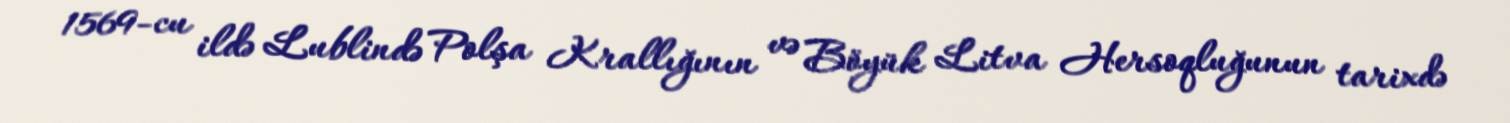
1569-cu ildə Lublində Polşa Krallığının və Böyük Litva Hersoqluğunun tarixdə